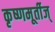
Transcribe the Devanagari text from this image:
कृष्णमूर्तीज्‌